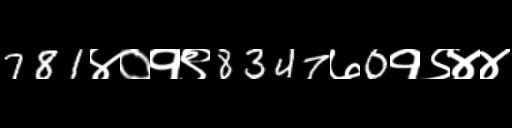
Text: 781४०१९8347७0१९४४